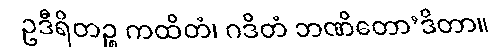
ဥဒီရိတဉ္စ ကထိတံ၊ ဂဒိတံ ဘဏိတော’ဒိတာ။